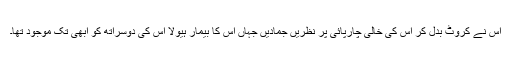
اس نے کروٹ بدل کر اس کی خالی چارپائی پر نظریں جمادیں جہاں اس کا بیمار ہیولا اس کی دوسراتھ کو ابھی تک موجود تھا۔